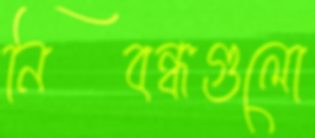
নিবন্ধগুলো